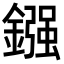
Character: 鏹